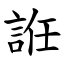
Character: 䛘